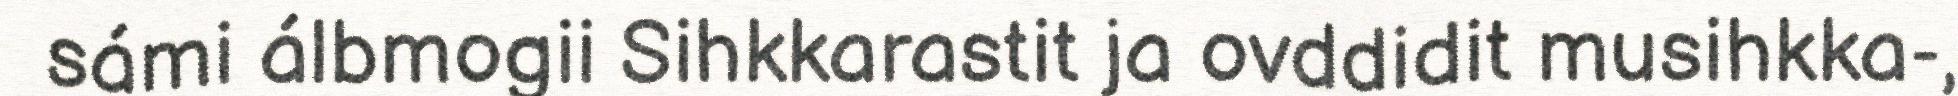
sámi álbmogii Sihkkarastit ja ovddidit musihkka-,